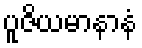
ပူဇိယမာနာနံ